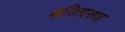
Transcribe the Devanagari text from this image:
क्षतिग्रसत